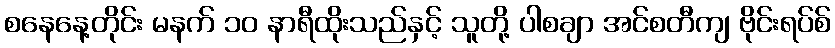
စနေနေ့တိုင်း မနက် ၁၀ နာရီထိုးသည်နှင့် သူတို့ ပါစချာ အင်စတီကျ ဗိုင်းရပ်စ်